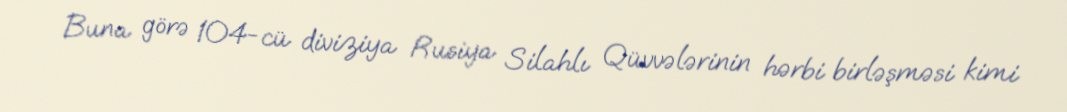
Buna görə 104-cü diviziya Rusiya Silahlı Qüvvələrinin hərbi birləşməsi kimi